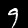
Label: 9